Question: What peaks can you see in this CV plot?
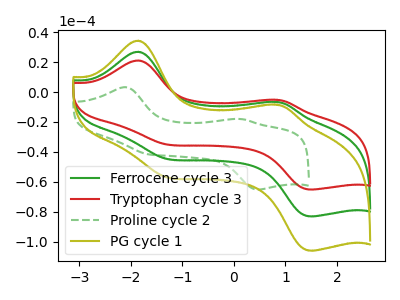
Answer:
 <answer>The green curve "Ferrocene cycle 3" has anodic peaks at (-1.85V, 26.90uA) (0.80V, -6.55uA) and cathodic peaks at (-1.35V, -44.05uA) (1.45V, -83.00uA). The red curve "Tryptophan cycle 3" has anodic peaks at (-1.85V, 21.10uA) (0.80V, -5.10uA) and cathodic peaks at (-1.35V, -34.55uA) (1.45V, -65.05uA). The green dashed curve "Proline cycle 2" has anodic peaks at (-2.10V, 3.25uA) (0.15V, -18.00uA) and cathodic peaks at (-1.65V, -41.75uA) (0.45V, -65.15uA). The olive curve "PG cycle 1" has anodic peaks at (-1.85V, 53.85uA) (0.80V, -13.05uA) and cathodic peaks at (-1.35V, -88.15uA) (1.45V, -165.95uA).</answer>
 <eval></eval>